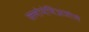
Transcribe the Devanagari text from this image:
क्लोमेथिअजोले